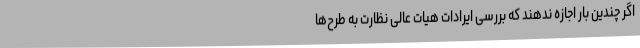
اگر چندین بار اجازه ندهند که بررسی ایرادات هیات عالی نظارت به طرح‌ها